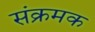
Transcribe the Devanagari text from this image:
संक्रमक